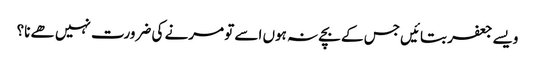
ویسے جعفر بتائیں جس کے بچے نہ ہوں اسے تو مرنے کی ضرورت نہیں ھے نا؟